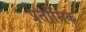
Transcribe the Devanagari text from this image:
प्रर्तामिक